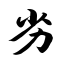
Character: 劣